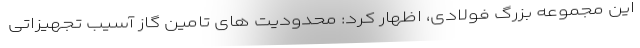
این مجموعه بزرگ فولادی، اظهار کرد: محدودیت های تامین گاز آسیب تجهیزاتی